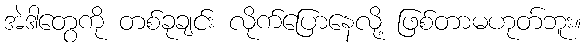
အဲဒါတွေကို တစ်ခုချင်း လိုက်ပြောနေလို့ ဖြစ်တာမဟုတ်ဘူး။